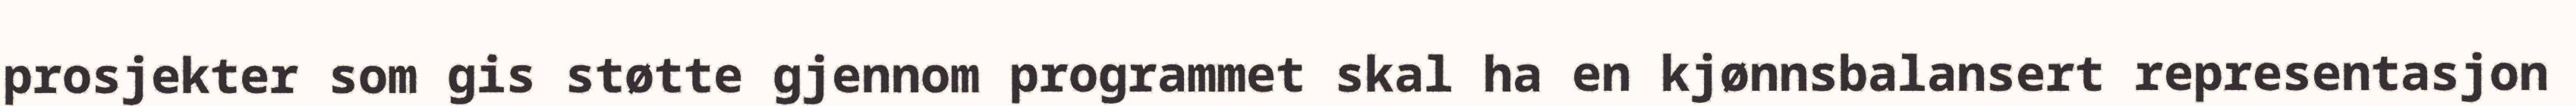
prosjekter som gis støtte gjennom programmet skal ha en kjønnsbalansert representasjon